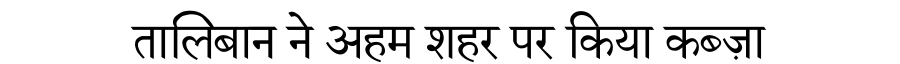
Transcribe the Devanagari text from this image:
तालिबान ने अहम शहर पर किया कब्ज़ा